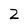
Character: 2